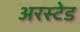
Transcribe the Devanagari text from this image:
अरस्टेड